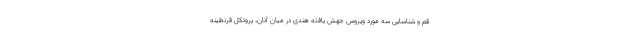
قم و شناسایی سه مورد ویروس جهش یافته هندی در میان آنان، پروتکل قرنطینه